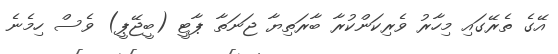
އޭގެ ތެރޭގައި މިހާރު ވެރިކަންކުރާ ބާރަތިޔާ ޖަނަތާ ޕާޓީ (ބީޖޭޕީ) ވެސް ހިމެނެ